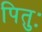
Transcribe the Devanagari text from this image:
पितुः